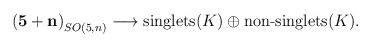
LaTeX: \begin{align*}\mathbf{(5+n)}_{SO(5,n)}\longrightarrow \textrm{singlets}(K) \oplus \textrm{non-singlets}(K).\end{align*}